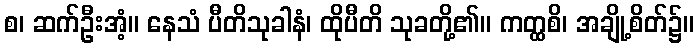
စ၊ ဆက်ဦးအံ့။ နေသံ ပီတိသုခါနံ၊ ထိုပီတိ သုခတို့၏။ ကတ္ထစိ၊ အချို့စိတ်၌။